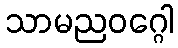
သာမညဝဂ္ဂေါ